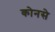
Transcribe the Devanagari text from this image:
कोनसे